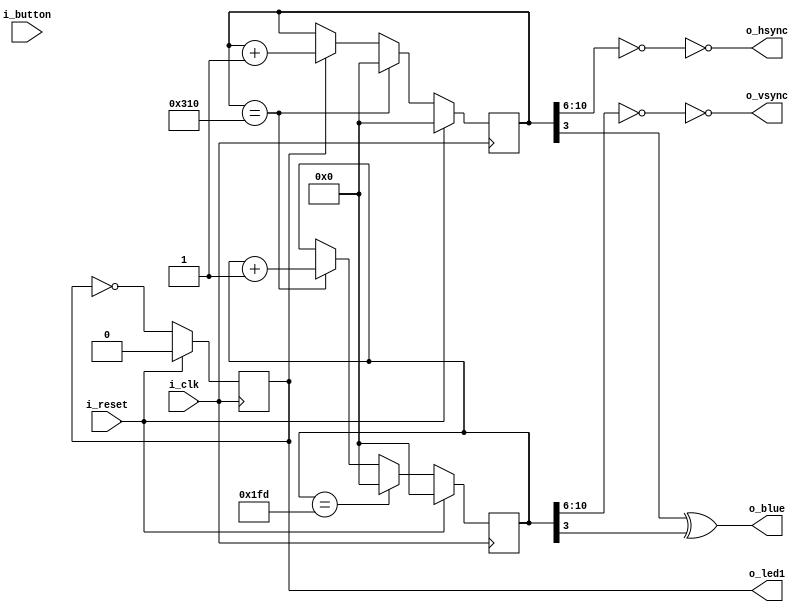

module minimal(i_reset, i_clk, i_button, o_led1, o_hsync, o_vsync, o_blue);

	input i_reset;
	input i_clk;
	input i_button;
	output o_led1;
	output o_vsync;
	output o_hsync;
	output o_blue;

	reg [10:0] cnt_x;
	reg [10:0] cnt_y;
	reg onoff;
	reg pixelclock;

	wire xmax = (cnt_x == 784);
	wire ymax = (cnt_y == 509);


	/* Generate pixel clock */

	always @(posedge i_clk) 
		if(i_reset)
			pixelclock <= 0;
		else
			pixelclock <= !pixelclock;


	/* X counter */

	always @(posedge i_clk) 
		if(i_reset)
			cnt_x <= 0;
		else
			if(xmax)
				cnt_x <= 0;
			else
				if(pixelclock) 
					cnt_x <= cnt_x + 1;


	/* Y counter */

	always @(posedge i_clk)
		if(i_reset)
			cnt_y <= 0;
		else
			if(ymax)
				cnt_y <= 0;
			else
				if(xmax)
					cnt_y <= cnt_y + 1;


	assign o_led1 = pixelclock;
	assign o_hsync = ~(cnt_x[10:6] == 0);
	assign o_vsync = ~(cnt_y[10:6] == 0);
	assign o_blue = (cnt_x[3] ^ cnt_y[3]);

endmodule

/*
 * vi: ft=verilog ts=3 sw=3
 */